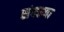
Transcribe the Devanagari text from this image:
संक्ख्या